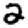
Digit: 2